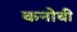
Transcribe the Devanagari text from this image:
कनोबी